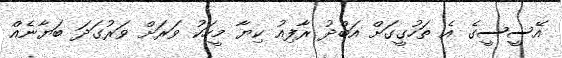
އޭސީސީގެ އެ ތަހުގީގަށް އަބްދު ރާފިއު ކިޔާ މީހަކު ވަރަށް ވަރުގަދަ ބަޔާނެއް